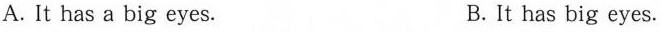
A. It has a big eyes. B. It has big eyes.